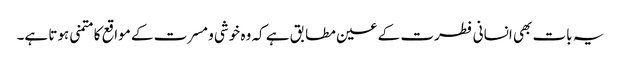
یہ بات بھی انسانی فطرت کے عین مطابق ہے کہ وہ خوشی و مسرت کے مواقع کا متمنی ہوتا ہے۔